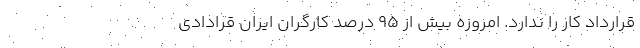
قرارداد کار را ندارد. امروزه بیش از ۹۵ درصد کارگران ایران قرادادی